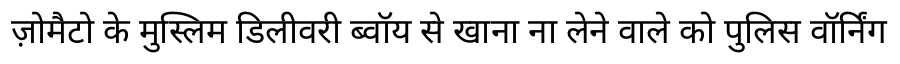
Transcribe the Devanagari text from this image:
ज़ोमैटो के मुस्लिम डिलीवरी ब्वॉय से खाना ना लेने वाले को पुलिस वॉर्निंग